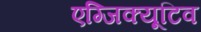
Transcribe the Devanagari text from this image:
एग्जिक्यूटिव